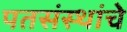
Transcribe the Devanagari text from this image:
पतसंस्थांचे